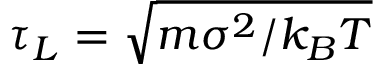
\tau _ { L } = \sqrt { m \sigma ^ { 2 } / k _ { B } T }